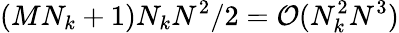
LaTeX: (MN_{k}+1)N_{k}N^{2}/2=\mathcal{O}(N_{k}^{2}N^{3})